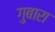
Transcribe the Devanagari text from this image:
गुबारा